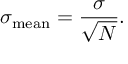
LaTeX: \sigma _ { \mathrm { m e a n } } = { \frac { \sigma } { \sqrt { N } } } .